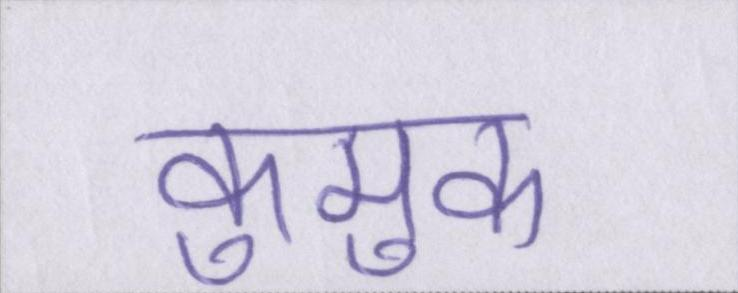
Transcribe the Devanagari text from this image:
कुमुक